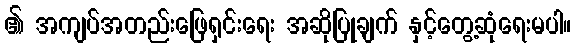
၏ အကျပ်အတည်းဖြေရှင်းရေး အဆိုပြုချက် နှင့်တွေ့ဆုံရေးမပါ။